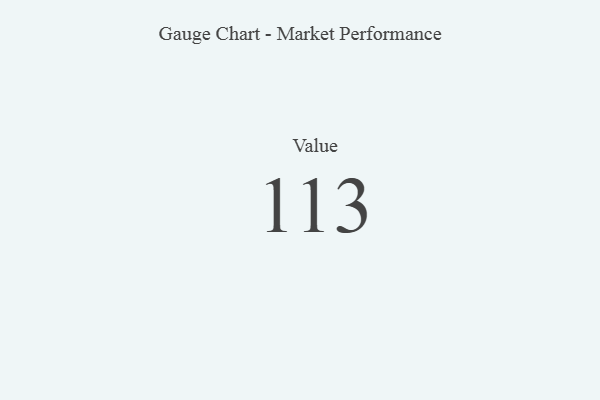
{"axis": {"x": "Metric", "y": "Value"}, "legend": [""], "data": [{"x": "Value", "y": 113, "type": ""}]}